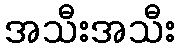
အသီးအသီး